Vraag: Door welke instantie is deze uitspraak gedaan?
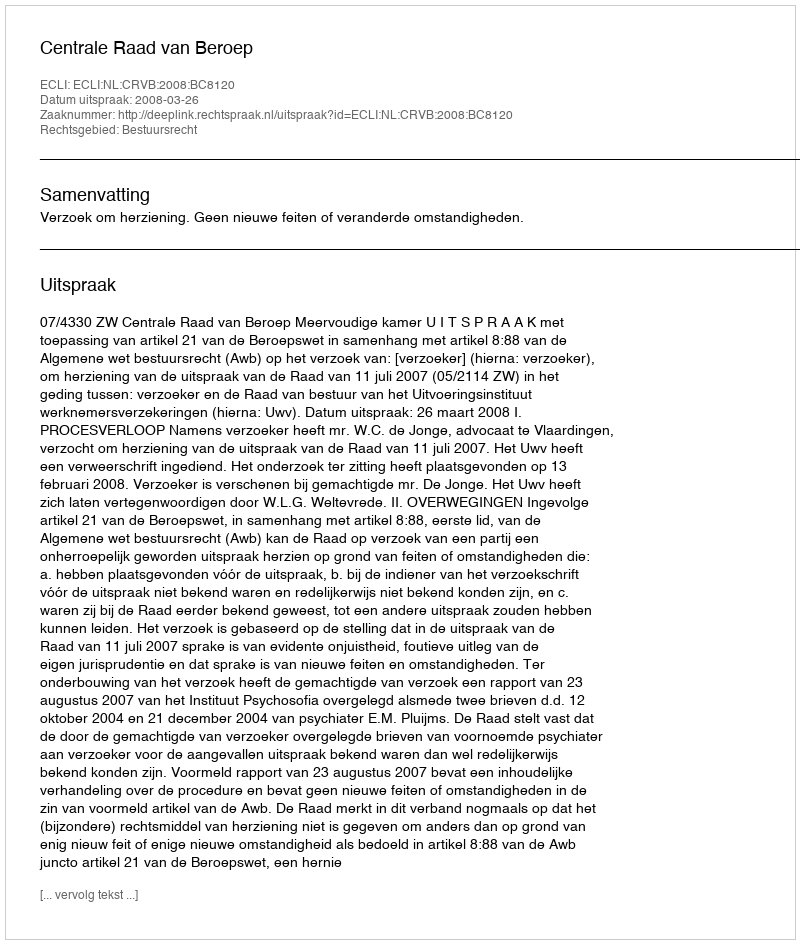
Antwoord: Centrale Raad van Beroep